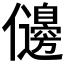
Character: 𠑟